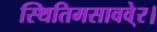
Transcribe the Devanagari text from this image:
स्थितिमसाववे्र।